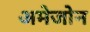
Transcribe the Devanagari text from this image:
अमेजोन